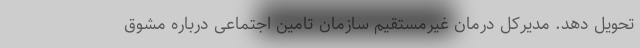
تحویل دهد. مدیرکل درمان غیرمستقیم سازمان تامین اجتماعی درباره مشوق